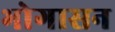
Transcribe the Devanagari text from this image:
भोगासन